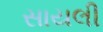
સાયલી